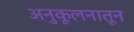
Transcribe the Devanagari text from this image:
अनुकूलनातून